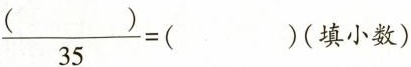
$$\frac{()}{35} = ( )$$(填小数)